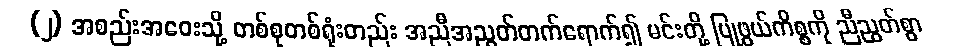
(၂) အစည်းအဝေးသို့ တစ်စုတစ်ရုံးတည်း အညီအညွတ်တက်ရောက်၍ မင်းတို့ ပြုဖွယ်ကိစ္စကို ညီညွတ်စွာ